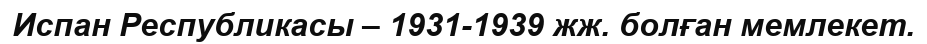
Испан Республикасы – 1931-1939 жж. болған мемлекет.